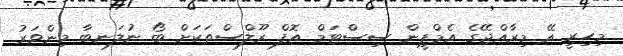
މިހިރީ އޭ މިރާއްޖޭގެ އެމްޕީން ސިސްޓަމް އޮފް ރޫލްސްތަކަށް ބޯ ނުލަނބާ މިންވަރު